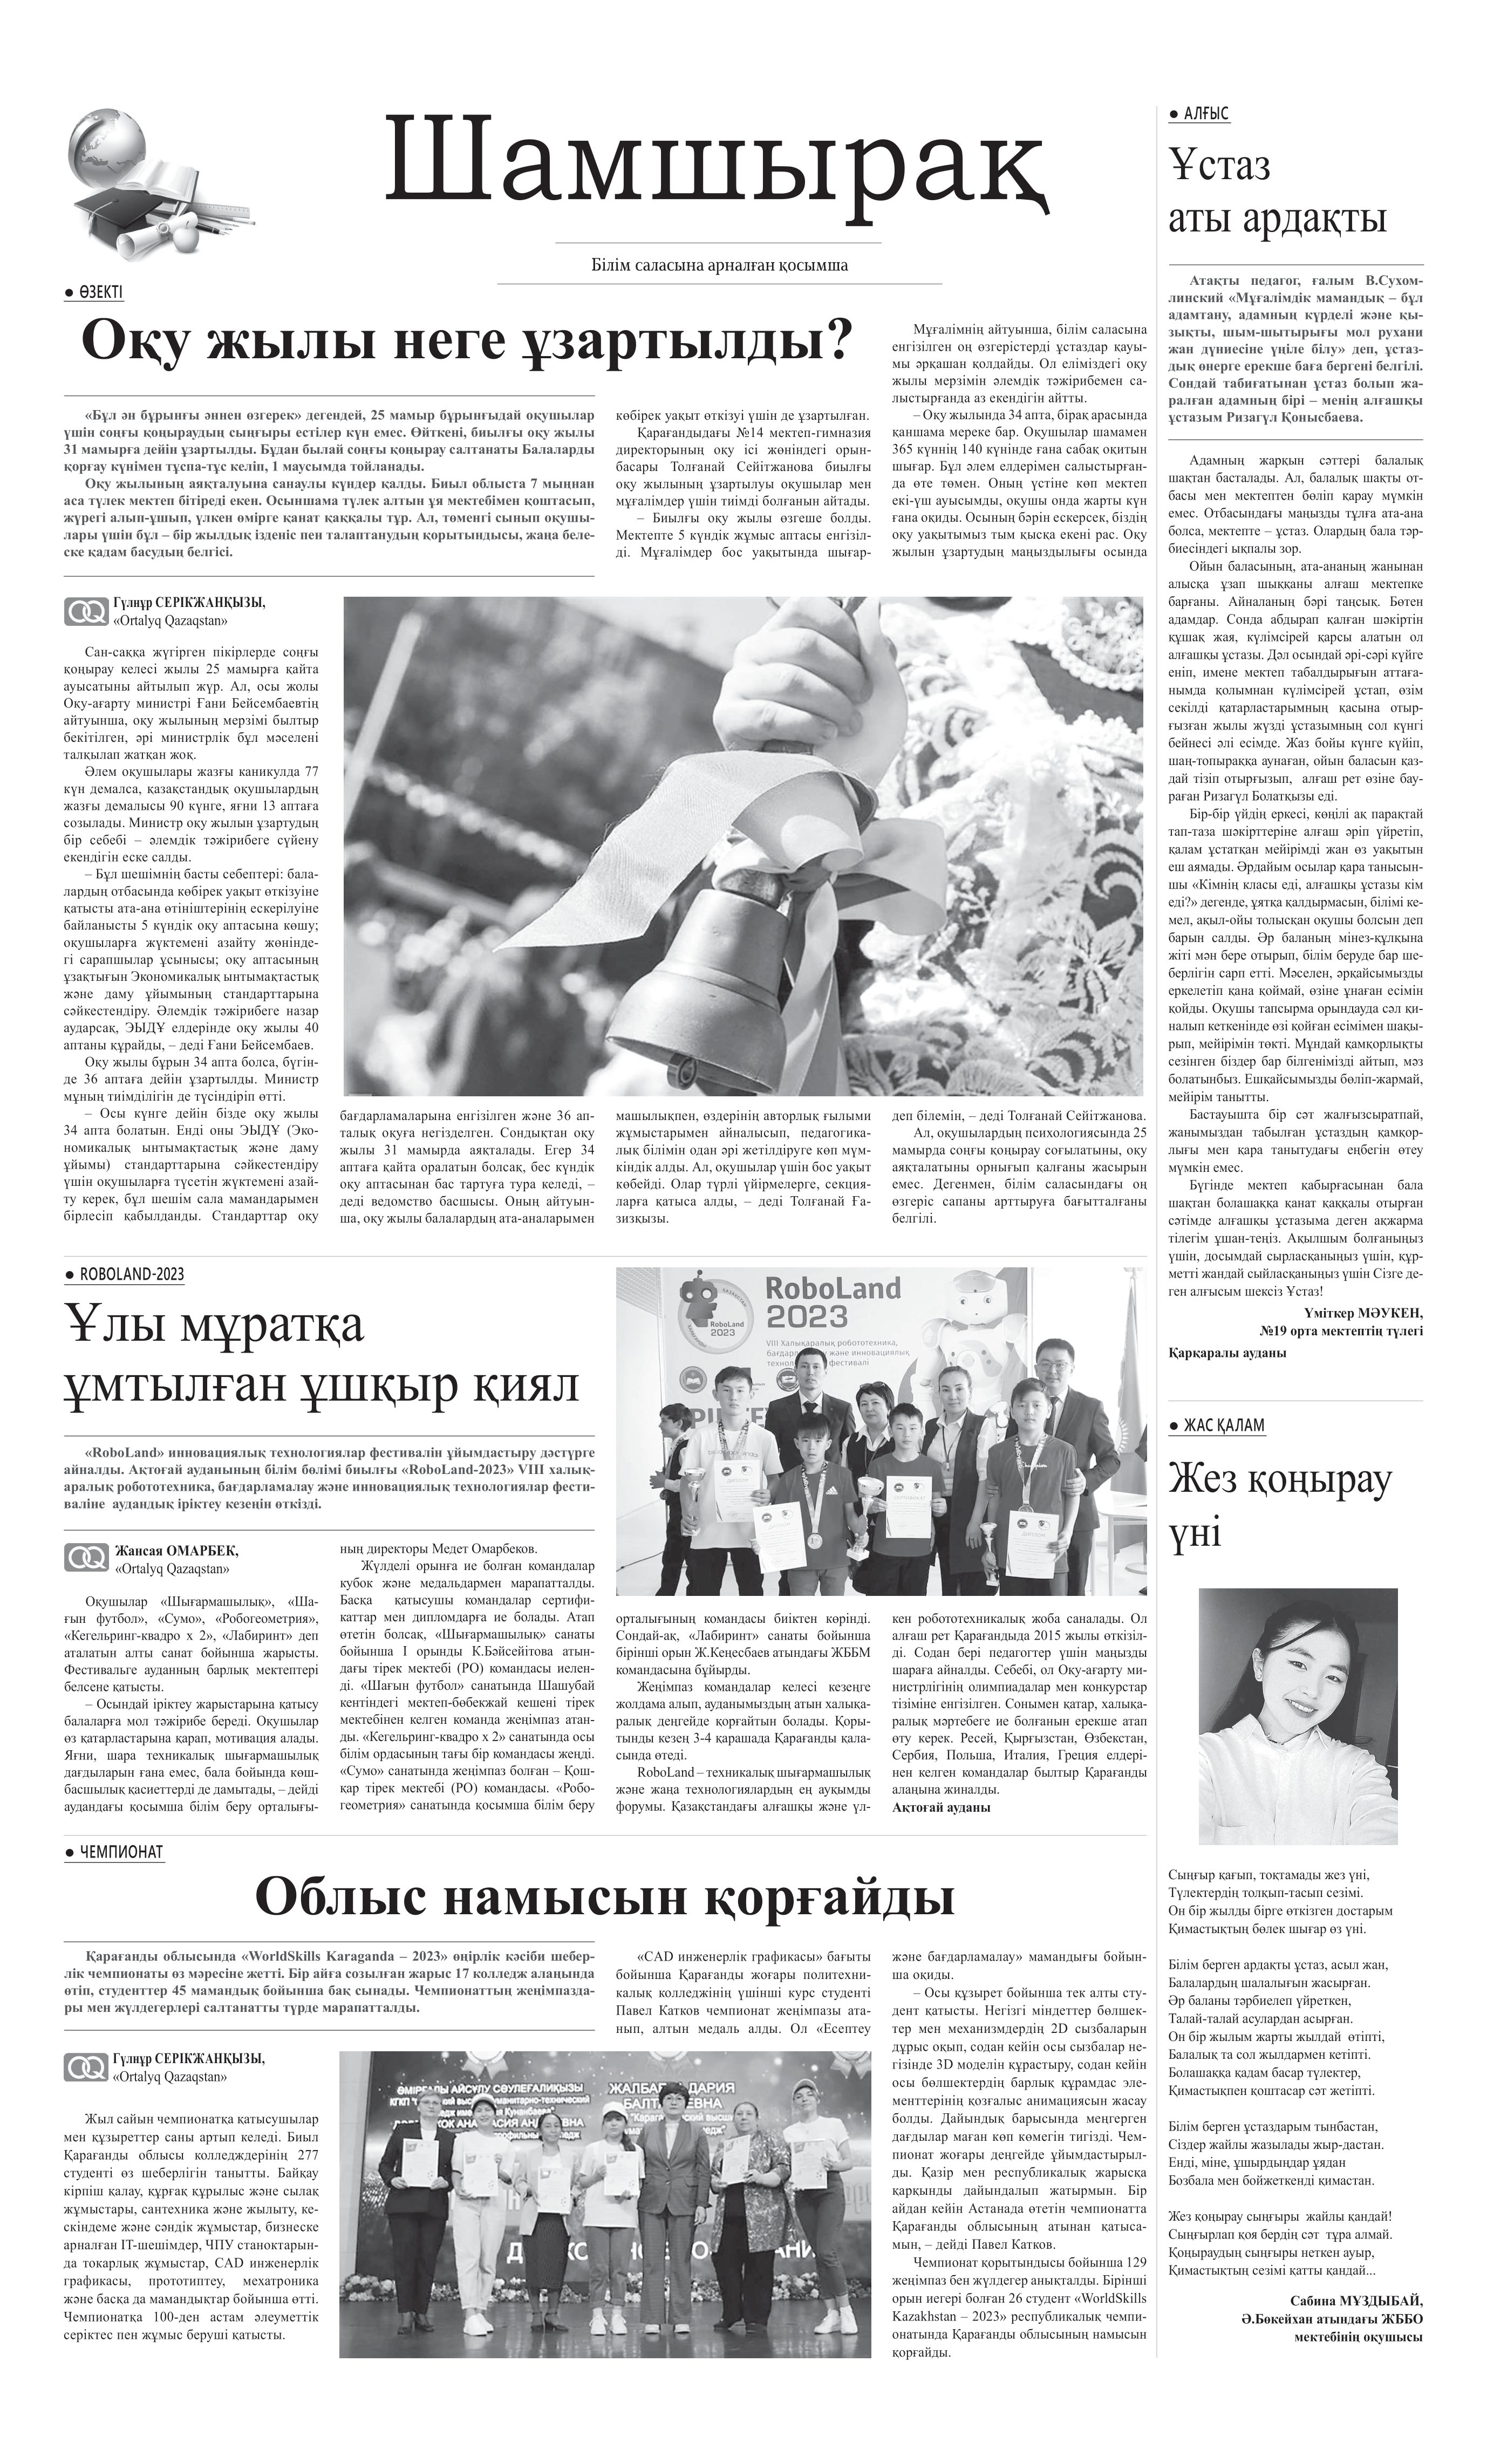
Language: kk